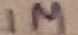
Text: 1M